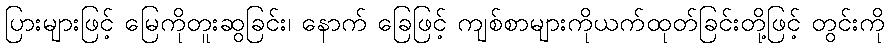
ပြားများဖြင့် မြေကိုတူးဆွခြင်း၊ နောက် ခြေဖြင့် ကျစ်စာများကိုယက်ထုတ်ခြင်းတို့ဖြင့် တွင်းကို